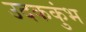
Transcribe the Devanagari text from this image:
उदककुंभ